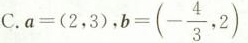
C.$$a = ( 2 , 3 )$$，$$b = ( - \frac{4}{3} ， 2 )$$